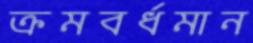
ক্রমবর্ধমান